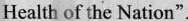
Health of the Nation"